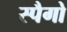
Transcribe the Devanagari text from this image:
स्पैगो